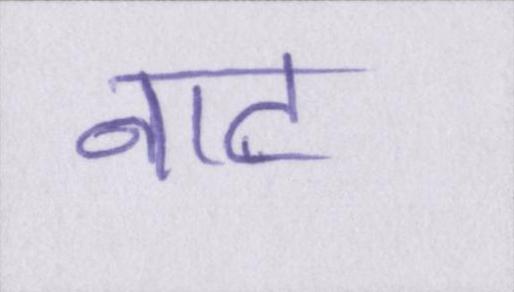
नाट